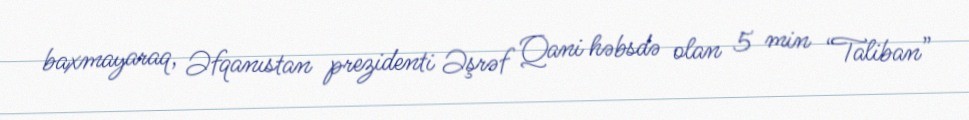
baxmayaraq, Əfqanıstan prezidenti Əşrəf Qani həbsdə olan 5 min “Taliban”